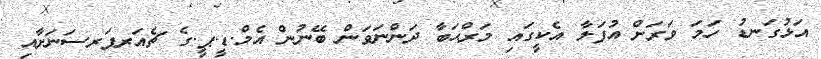
އަޅުގަނޑު ހަމަ ވަރަށް އުފަލާ އެކީގައި މަރްޙަބާ ދަންނަވަން ބޭނުން އެމް.ޑީ.ޕީ.ގެ ޗެއަރޕަރސަނަށާއި